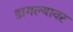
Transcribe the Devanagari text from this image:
डागल्यावर